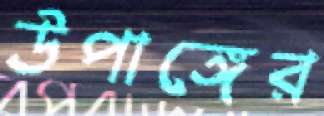
উপাঙ্গের